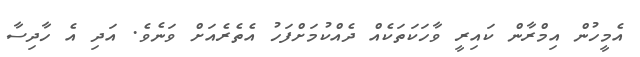
އެމީހުން އިމްރާން ކައިރީ ވާހަކަތަކެއް ދެއްކުމަށްފަހު އެތެރެއަށް ވަނެވެ. އަދި އެ ހާދިސާ